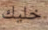
خليك